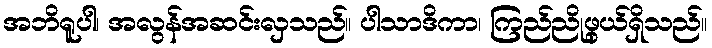
အဘိရူပါ၊ အလွန်အဆင်းလှသည်။ ပါသာဒိကာ၊ ကြည်ညိုဖွယ်ရှိသည်။